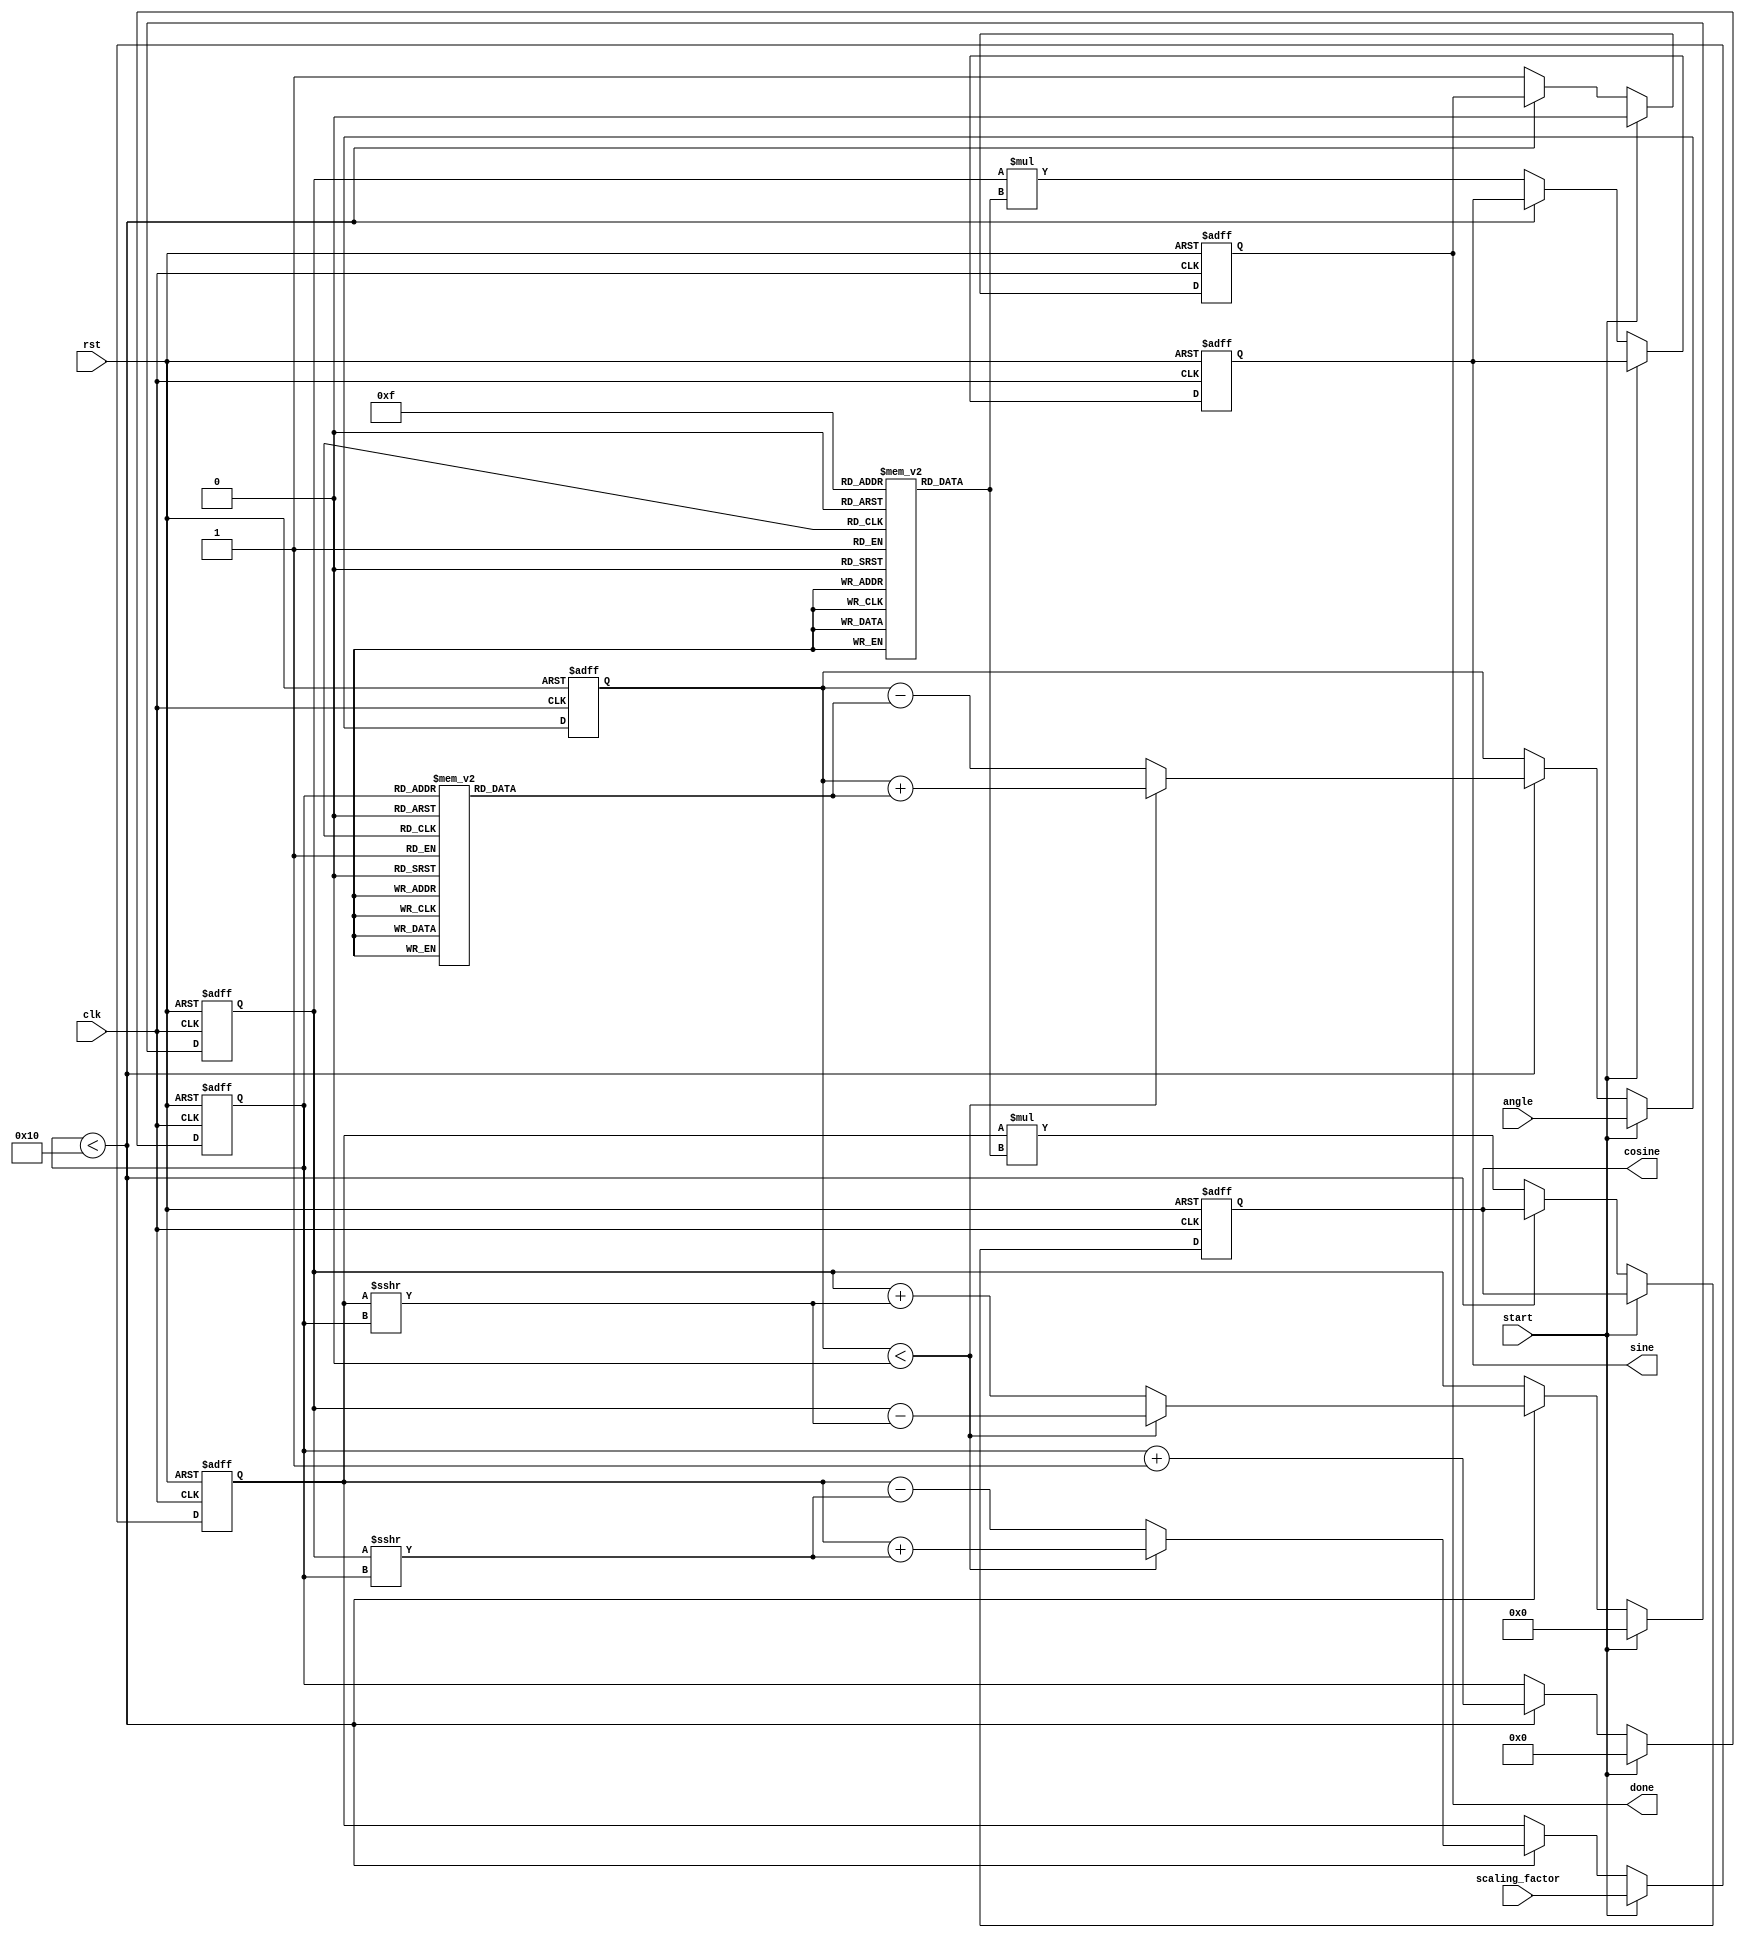
module cordic (
    input wire clk,
    input wire rst,
    input wire start,
    input wire signed [31:0] angle, // Input angle in fixed-point (Q31 format)
    input wire signed [31:0] scaling_factor, // Input scaling factor (Q31 format)
    output reg signed [31:0] sine, // Output sine value (Q31 format)
    output reg signed [31:0] cosine, // Output cosine value (Q31 format)
    output reg done // Indicates completion of computation
);

    parameter NUM_ITERATIONS = 16; // Number of iterations for CORDIC
    reg signed [31:0] x, y, z; // x, y coordinates and angle z
    reg [3:0] i; // Iteration counter
    reg [31:0] angle_lut [0:NUM_ITERATIONS-1]; // Angle lookup table
    reg [31:0] scaling_lut [0:NUM_ITERATIONS-1]; // Scaling factor lookup table

    // Initialize LUTs
    initial begin
        angle_lut[0] = 32'h20000000; // arctan(2^-0) in Q31
        angle_lut[1] = 32'h1C71C71C; // arctan(2^-1) in Q31
        angle_lut[2] = 32'h1901D8F7; // arctan(2^-2) in Q31
        angle_lut[3] = 32'h1780FE3D; // arctan(2^-3) in Q31
        angle_lut[4] = 32'h16C16C16; // arctan(2^-4) in Q31
        angle_lut[5] = 32'h1623E1A2; // arctan(2^-5) in Q31
        angle_lut[6] = 32'h1591D2C7; // arctan(2^-6) in Q31
        angle_lut[7] = 32'h15015C5;  // arctan(2^-7) in Q31
        angle_lut[8] = 32'h148C148C; // arctan(2^-8) in Q31
        angle_lut[9] = 32'h1428B2C1; // arctan(2^-9) in Q31
        angle_lut[10] = 32'h13D13D13; // arctan(2^-10) in Q31
        angle_lut[11] = 32'h1388CFC2; // arctan(2^-11) in Q31
        angle_lut[12] = 32'h134D134D; // arctan(2^-12) in Q31
        angle_lut[13] = 32'h13131313; // arctan(2^-13) in Q31
        angle_lut[14] = 32'h12E9A12E; // arctan(2^-14) in Q31
        angle_lut[15] = 32'h12C12C12; // arctan(2^-15) in Q31
        
        // Scaling factors for each iteration
        scaling_lut[0] = 32'h26DD3F2A; // 1/sqrt(1 + (2^0)^2) in Q31
        scaling_lut[1] = 32'h1C71C71C; // 1/sqrt(1 + (2^-1)^2) in Q31
        scaling_lut[2] = 32'h191F191F; // 1/sqrt(1 + (2^-2)^2) in Q31
        scaling_lut[3] = 32'h1780FE3D; // 1/sqrt(1 + (2^-3)^2) in Q31
        scaling_lut[4] = 32'h16C16C16; // 1/sqrt(1 + (2^-4)^2) in Q31
        scaling_lut[5] = 32'h1623E1A2; // 1/sqrt(1 + (2^-5)^2) in Q31
        scaling_lut[6] = 32'h1591D2C7; // 1/sqrt(1 + (2^-6)^2) in Q31
        scaling_lut[7] = 32'h15015C5;  // 1/sqrt(1 + (2^-7)^2) in Q31
        scaling_lut[8] = 32'h148C148C; // 1/sqrt(1 + (2^-8)^2) in Q31
        scaling_lut[9] = 32'h1428B2C1; // 1/sqrt(1 + (2^-9)^2) in Q31
        scaling_lut[10] = 32'h13D13D13; // 1/sqrt(1 + (2^-10)^2) in Q31
        scaling_lut[11] = 32'h1388CFC2; // 1/sqrt(1 + (2^-11)^2) in Q31
        scaling_lut[12] = 32'h134D134D; // 1/sqrt(1 + (2^-12)^2) in Q31
        scaling_lut[13] = 32'h13131313; // 1/sqrt(1 + (2^-13)^2) in Q31
        scaling_lut[14] = 32'h12E9A12E; // 1/sqrt(1 + (2^-14)^2) in Q31
        scaling_lut[15] = 32'h12C12C12; // 1/sqrt(1 + (2^-15)^2) in Q31
    end

    // CORDIC algorithm implementation
    always @(posedge clk or posedge rst) begin
        if (rst) begin
            x <= 32'h00000000; // Initial x = 0
            y <= 32'h00000000; // Initial y = 0
            z <= 0; // Initial angle z
            i <= 0; // Reset iteration counter
            done <= 0; // Reset done flag
            sine <= 0; // Reset sine output
            cosine <= 0; // Reset cosine output
        end else if (start) begin
            // Initialize x and y
            x <= scaling_factor; // Set initial x to scaling factor
            y <= 0; // Set initial y to 0
            z <= angle; // Load input angle
            i <= 0; // Start iterations
            done <= 0; // Reset done flag
        end else if (i < NUM_ITERATIONS) begin
            // CORDIC rotation logic
            if (z < 0) begin
                // Counter-clockwise rotation
                x <= x + (y >>> i); // x_new = x + (y * 2^-i)
                y <= y - (x >>> i); // y_new = y - (x * 2^-i)
                z <= z + angle_lut[i]; // Update angle
            end else begin
                // Clockwise rotation
                x <= x - (y >>> i); // x_new = x - (y * 2^-i)
                y <= y + (x >>> i); // y_new = y + (x * 2^-i)
                z <= z - angle_lut[i]; // Update angle
            end
            i <= i + 1; // Increment iteration counter
        end else begin
            // Final output
            sine <= y * scaling_lut[NUM_ITERATIONS-1]; // Scale sine output
            cosine <= x * scaling_lut[NUM_ITERATIONS-1]; // Scale cosine output
            done <= 1; // Set done flag
        end
    end
endmodule